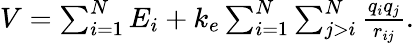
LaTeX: \begin{array}{r}{V=\sum_{i=1}^{N}E_{i}+k_{e}\sum_{i=1}^{N}\sum_{j>i}^{N}\frac{q_{i}q_{j}}{r_{ij}}.}\end{array}